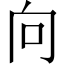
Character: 向